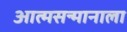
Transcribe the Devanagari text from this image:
आत्मसन्मानाला